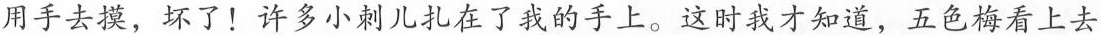
用手去摸，坏了！许多小刺儿扎在了我的手上。这时我才知道，五色梅看上去